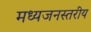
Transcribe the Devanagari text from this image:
मध्यजनस्तरीय